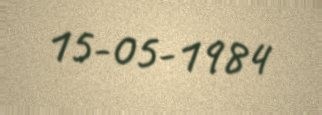
15-05-1984